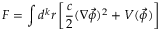
F = \int d ^ { k } r \left[ \frac c 2 ( \nabla \vec { \phi } ) ^ { 2 } + V ( \vec { \phi } ) \right]